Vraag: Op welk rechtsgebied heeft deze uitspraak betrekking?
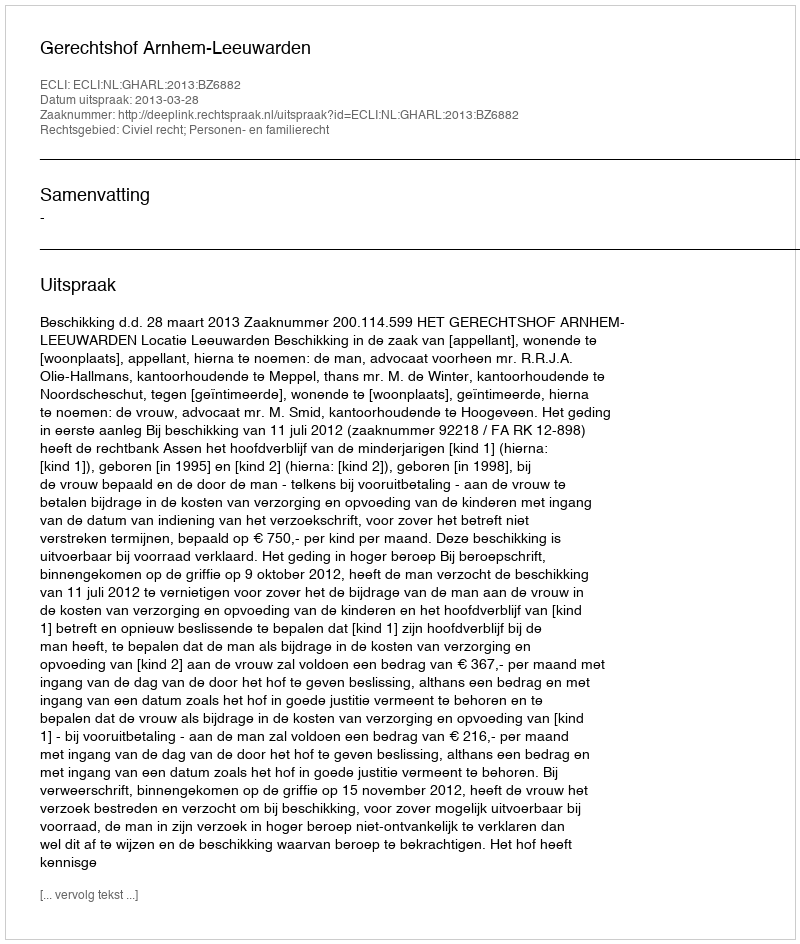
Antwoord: Civiel recht; Personen- en familierecht